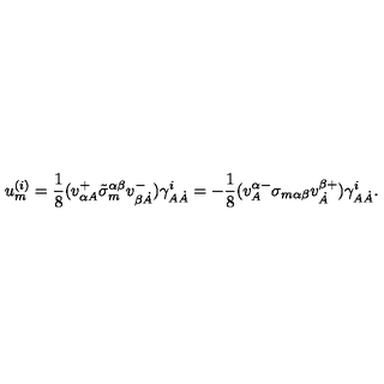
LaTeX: u _ { m } ^ { ( i ) } = \frac 1 8 ( v _ { \alpha A } ^ { + } \tilde { \sigma } _ { m } ^ { \alpha \beta } v _ { \beta \dot { A } } ^ { - } ) \gamma _ { A \dot { A } } ^ { i } = - \frac 1 8 ( v _ { A } ^ { \alpha - } \sigma _ { m \alpha \beta } v _ { \dot { A } } ^ { \beta + } ) \gamma _ { A \dot { A } } ^ { i } .